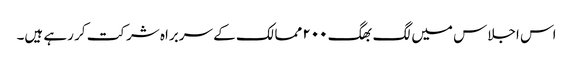
اس اجلاس میں لگ بھگ ۲۰۰ ممالک کے سربراہ شرکت کر رہے ہیں۔